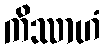
ကိဿာဟံ